Insane asylums in Bengal annual reports 1867-1875 - 1867-1875
Year: 1867
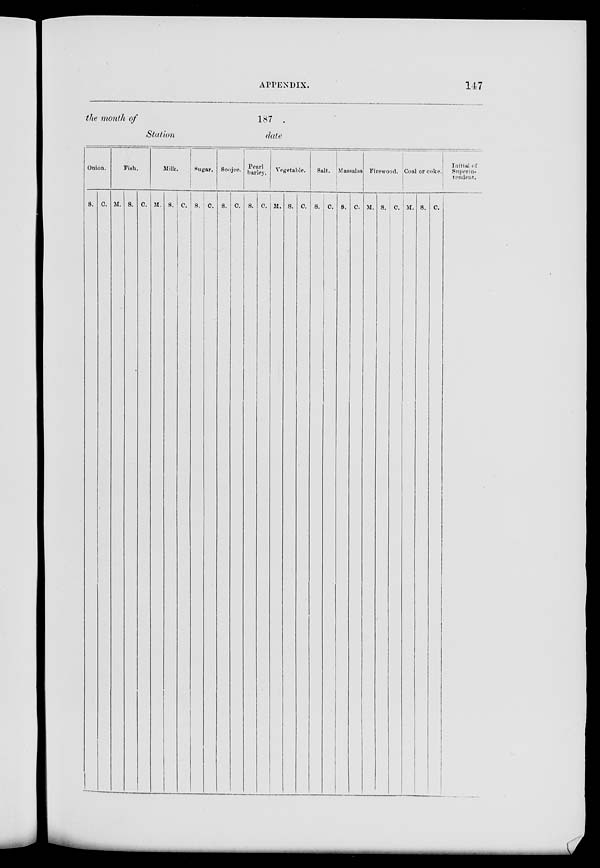
APPENDIX.
147
the month of
187.
Station
date
Onion.
S. C.
Fish.
M. S.
C.
Milk.
M. S. C.
Sugar.
S. C.
Soojee.
S. C.
Pearl
barley.
S. C.
Vegetable.
M. S. C.
Salt.
S. C.
Massalas
S. C.
Firewood.
M. S. C.
Coal or coke.
M. S. C.
Initial of
Superin-
tendent.